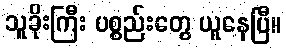
သူခိုးကြီး ပစ္စည်းတွေ ယူနေပြီ။